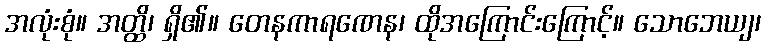
အလုံးစုံ။ အတ္ထိ၊ ရှိ၏။ တေနကာရဏေန၊ ထိုအကြောင်းကြောင့်။ သောဘေယျ၊